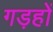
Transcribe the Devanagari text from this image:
गड़हों